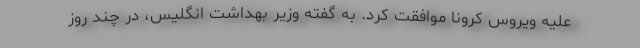
علیه ویروس کرونا موافقت کرد. به گفته وزیر بهداشت انگلیس، در چند روز